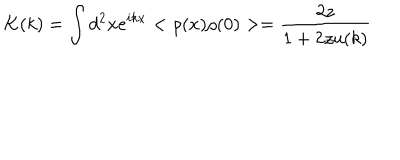
K ( k ) = \int d ^ { 2 } x e ^ { i k x } < \rho ( x ) \rho ( 0 ) > = \frac { 2 z } { 1 + 2 z u ( k ) }